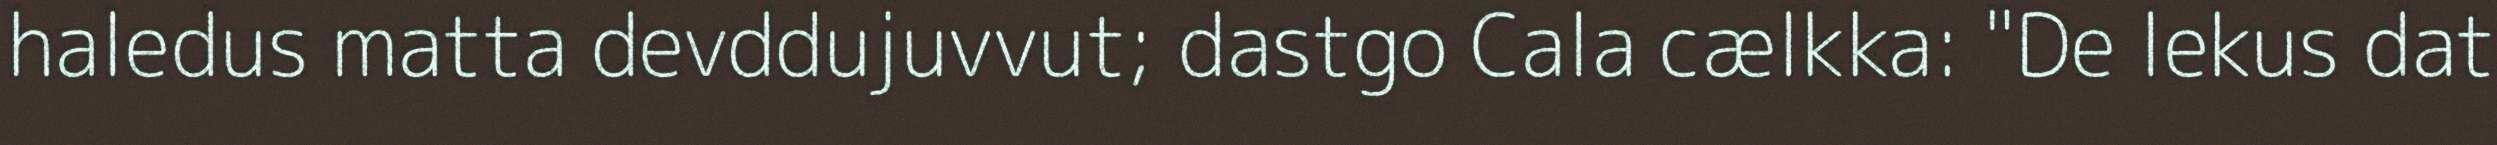
haledus matta devddujuvvut; dastgo Cala cælkka: "De lekus dat